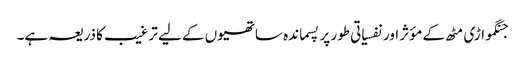
جنگمواڑی مٹھ کے مؤثر اور نفسیاتی طور پر پسماندہ ساتھیوں کے لیے ترغیب کا ذریعہ ہے۔